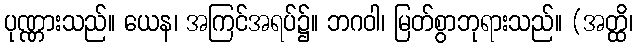
ပုဏ္ဏားသည်။ ယေန၊ အကြင်အရပ်၌။ ဘဂဝါ၊ မြတ်စွာဘုရားသည်။ (အတ္ထိ၊